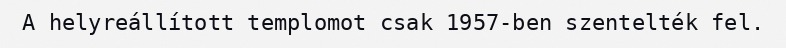
A helyreállított templomot csak 1957-ben szentelték fel.